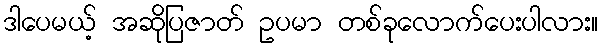
ဒါပေမယ့် အဆိုပြဇာတ် ဥပမာ တစ်ခုလောက်ပေးပါလား။